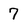
Character: 7